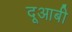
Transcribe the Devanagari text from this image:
दूआबी